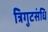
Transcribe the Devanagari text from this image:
त्रिगुटसंधि